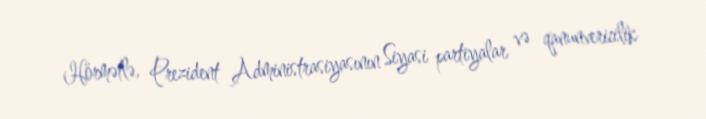
Hörmətlə, Prezident Administrasiyasının Siyasi partiyalar və qanunvericilik